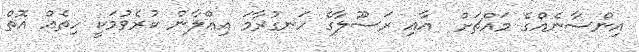
އިންސާނެއްގެ މައްޗަށް  އާއި ރަސޫލާގެ ހަނގުރާމަ އިޢްލާން ކުރެވުމަކީ ހިތެއް އޮތް